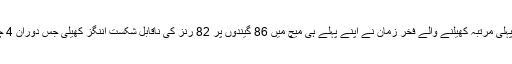
مگر اب پاکستانیوں کی یہ تشویش ختم ہو گئی ہے کیونکہ نیوزی لینڈ میں پہلی مرتبہ کھیلنے والے فخر زمان نے اپنے پہلے ہی میچ میں 86 گیندوں پر 82 رنز کی ناقابل شکست اننگز کھیلی جس دوران 4 چھکے اور 6 چوکے بھی مارے لیکن بارش کے باعث میچ روک دیا گیا ۔